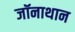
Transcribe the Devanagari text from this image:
जॉनाथान